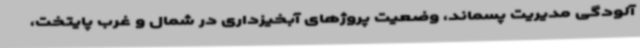
آلودگی مدیریت پسماند، وضعیت پروژهای آبخیزداری در شمال و غرب پایتخت،